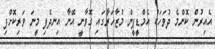
އެއިރުން ކޮންމެ ދުވަހަކު އެމްޑީޕީން މުޒާހަރާގައި ގޮވާނީ އޭނާ އިނދެފި މީނަ ވަރިކޮށްފި